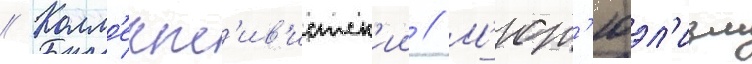
// Колл'ект'ив'истск'ии // М'ют'юэл'изм